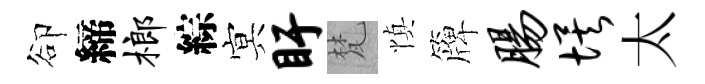
卻締榔綜㝠盱梵慎簰肠埃太